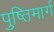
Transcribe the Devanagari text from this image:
पुष्तिमार्ग